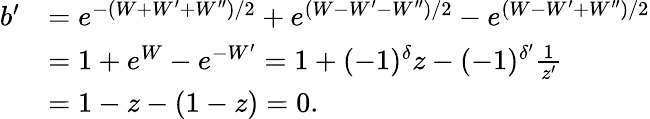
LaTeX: \begin{array}{rl}{b^{\prime}}&{=e^{-(W+W^{\prime}+W^{\prime\prime})/2}+e^{(W-W^{\prime}-W^{\prime\prime})/2}-e^{(W-W^{\prime}+W^{\prime\prime})/2}}\\ &{=1+e^{W}-e^{-W^{\prime}}=1+(-1)^{\delta}z-(-1)^{\delta^{\prime}}\frac{1}{z^{\prime}}}\\ &{=1-z-(1-z)=0.}\end{array}